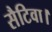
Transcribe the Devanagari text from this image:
सैटिवा।